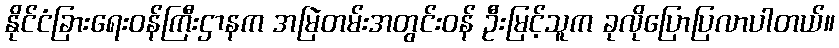
နိုင်ငံခြားရေးဝန်ကြီးဌာနက အမြဲတမ်းအတွင်းဝန် ဦးမြင့်သူက ခုလိုပြောပြလာပါတယ်။